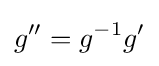
g^{\prime \prime }=g^{-1}g^{\prime }